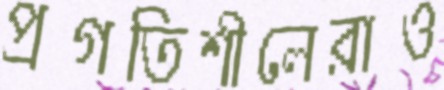
প্রগতিশীলেরাও